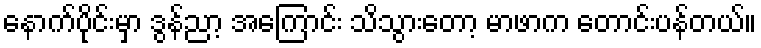
နောက်ပိုင်းမှာ ဒွန်ညာ့ အကြောင်း သိသွားတော့ မာဖာက တောင်းပန်တယ်။